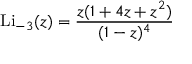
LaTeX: \operatorname { L i } _ { - 3 } ( z ) = { \frac { z ( 1 + 4 z + z ^ { 2 } ) } { ( 1 - z ) ^ { 4 } } }